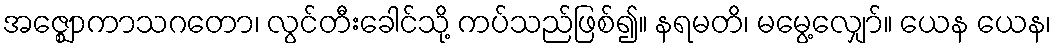
အဇ္ဈောကာသဂတော၊ လွင်တီးခေါင်သို့ ကပ်သည်ဖြစ်၍။ နရမတိ၊ မမွေ့လျှော်။ ယေန ယေန၊